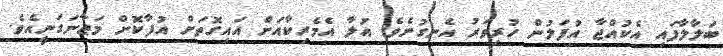
ބަލާލާފައި އެކުއްޖާ އުފަލުން ހުރިވަރު އެނގުނެވެ. އުލާ އެމެރިކާއަށް އައިގޮތަށް އުފާކޮށް މަޖާނަގަނީއެވެ.